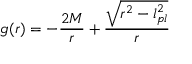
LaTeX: g ( r ) = - { \frac { 2 M } { r } } + { \frac { \sqrt { r ^ { 2 } - l _ { p l } ^ { 2 } } } { r } }